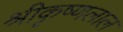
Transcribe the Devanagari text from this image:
श्रीकृष्णलाल